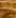
لم